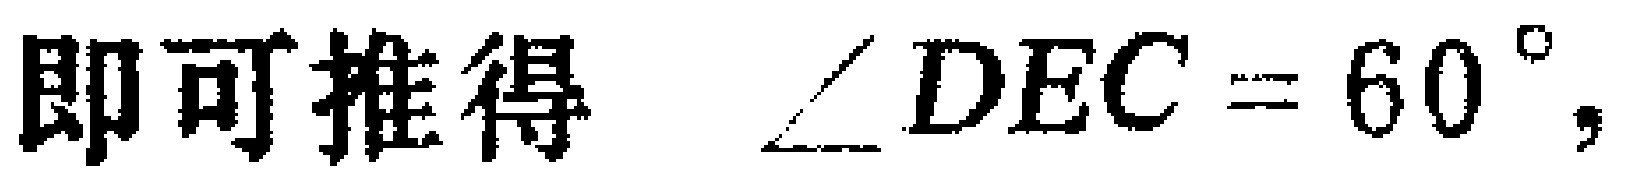
即可推得 $\angle DEC = 60^{\circ},$